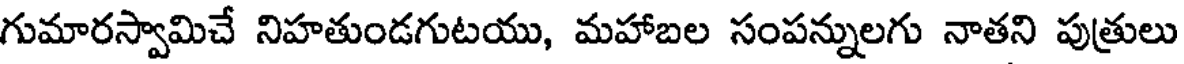
గుమారస్వామిచే నిహతుండగుటయు, మహాబల సంపన్నులగు నాతని పుత్రులు